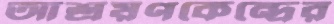
আশ্রয়ণকেন্দ্রের